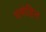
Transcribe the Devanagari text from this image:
प्रमोहित